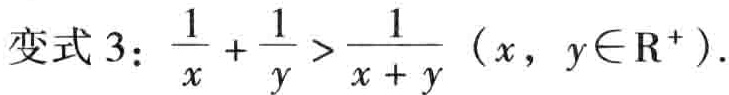
变式 3：\(\frac{1}{x}+\frac{1}{y}>\frac{1}{x + y}\)（\(x,y\in\mathrm{R}^{+}\)）.